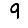
Digit: 9